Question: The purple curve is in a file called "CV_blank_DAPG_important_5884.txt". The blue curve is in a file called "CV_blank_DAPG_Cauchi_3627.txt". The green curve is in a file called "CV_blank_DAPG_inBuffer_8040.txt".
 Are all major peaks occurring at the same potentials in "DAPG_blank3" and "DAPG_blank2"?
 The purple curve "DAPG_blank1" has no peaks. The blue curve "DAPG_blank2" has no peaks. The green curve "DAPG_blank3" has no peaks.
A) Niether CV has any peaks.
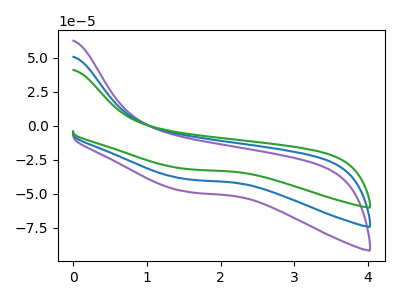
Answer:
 <answer>A) Niether CV has any peaks.</answer>
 <eval>A</eval>